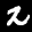
Label: 2